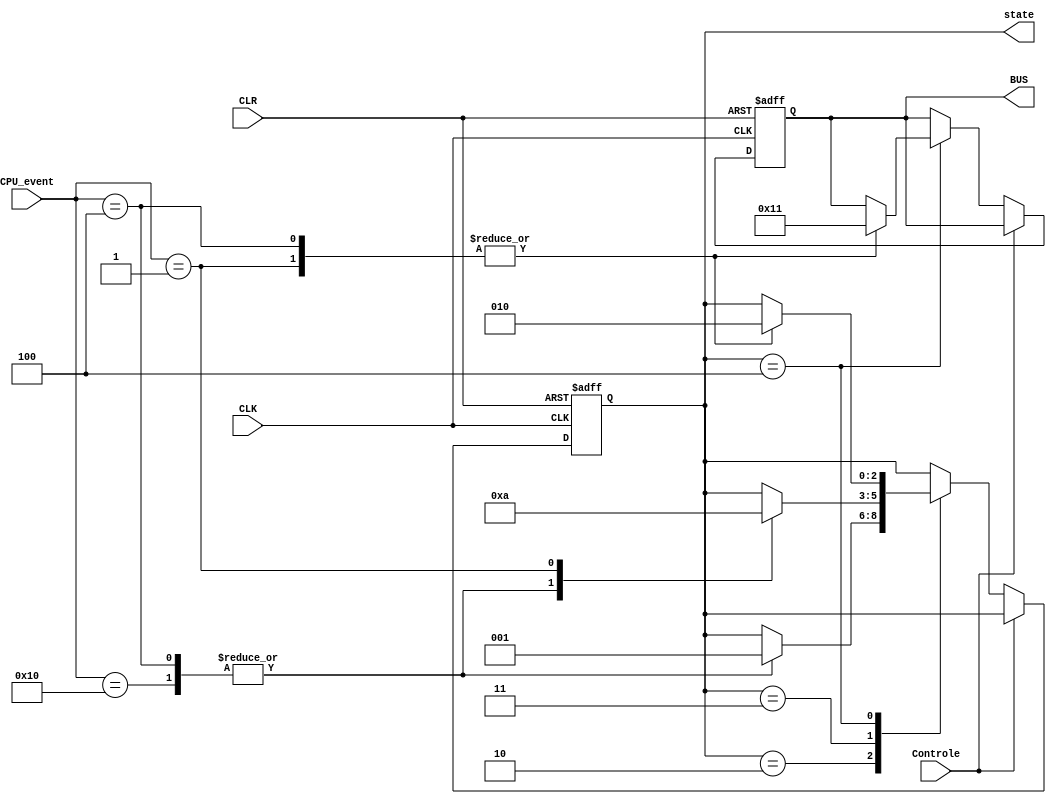
module ouvinte(CLK, CLR, Controle, CPU_event, state, BUS);
	input CLK, CLR, Controle;
	// Cinco bits para os eventos da CPU
	// 4 		3 		2 		1		0
	// inv   wh    wm    rh    rm
	// sendo:
	// - inv: 1 -> invalid
	// - wh: 1 -> write hit
	// - wm: 1 -> write miss
	// - rh: 1 -> read hit
	// - rm: 1 -> read miss
	input [4:0] CPU_event;
	output reg [5:0] BUS;
	output reg [2:0] state;
	
	always @(posedge CLK, posedge CLR) begin
		if (CLR) begin
			state = 3'b001;
			BUS = 6'b000_000;
		end else begin
			if(~Controle)begin
				case (state) 
					3'b001: begin // Invalid
						// NADA
					end
					3'b010: begin // Shared
						case (CPU_event)
							5'b10000: begin // sinal de invalido
								state = 3'b001; // vai para invalid
							end
							5'b00100: begin // write miss
								state = 3'b001; // vai para invalid
							end
							5'b00001: begin
								// NADA
							end
						endcase
					end
					3'b011: begin // Exclusive
						case (CPU_event)
							5'b10000: begin // sinal de invalido
								state = 3'b001; // vai para invalid
							end
							5'b00100: begin // write miss
								state = 3'b001; // vai para invalid
							end
							5'b00001: begin // read miss
								state = 3'b010; // vai para shared
							end
						endcase
					end
					3'b100: begin // Modified
						case (CPU_event)
							5'b00001: begin // read miss
								state = 3'b010; // vai para shared
								BUS = {3'b010, 3'b001}; // abort memory access/ write-back block
							end
							5'b00100: begin
								state = 3'b010; // vai para shared
								BUS = {3'b010, 3'b001}; // abort memory access/ write-back block
							end
						endcase
					end
				endcase
			end
		end
	end
	
endmodule